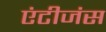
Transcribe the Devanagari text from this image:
एंटीजंस